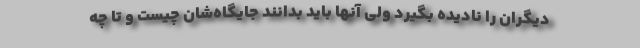
دیگران را نادیده بگیرد ولی آنها باید بدانند جایگاه‌شان چیست و تا چه